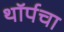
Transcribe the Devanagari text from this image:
थॉर्पचा